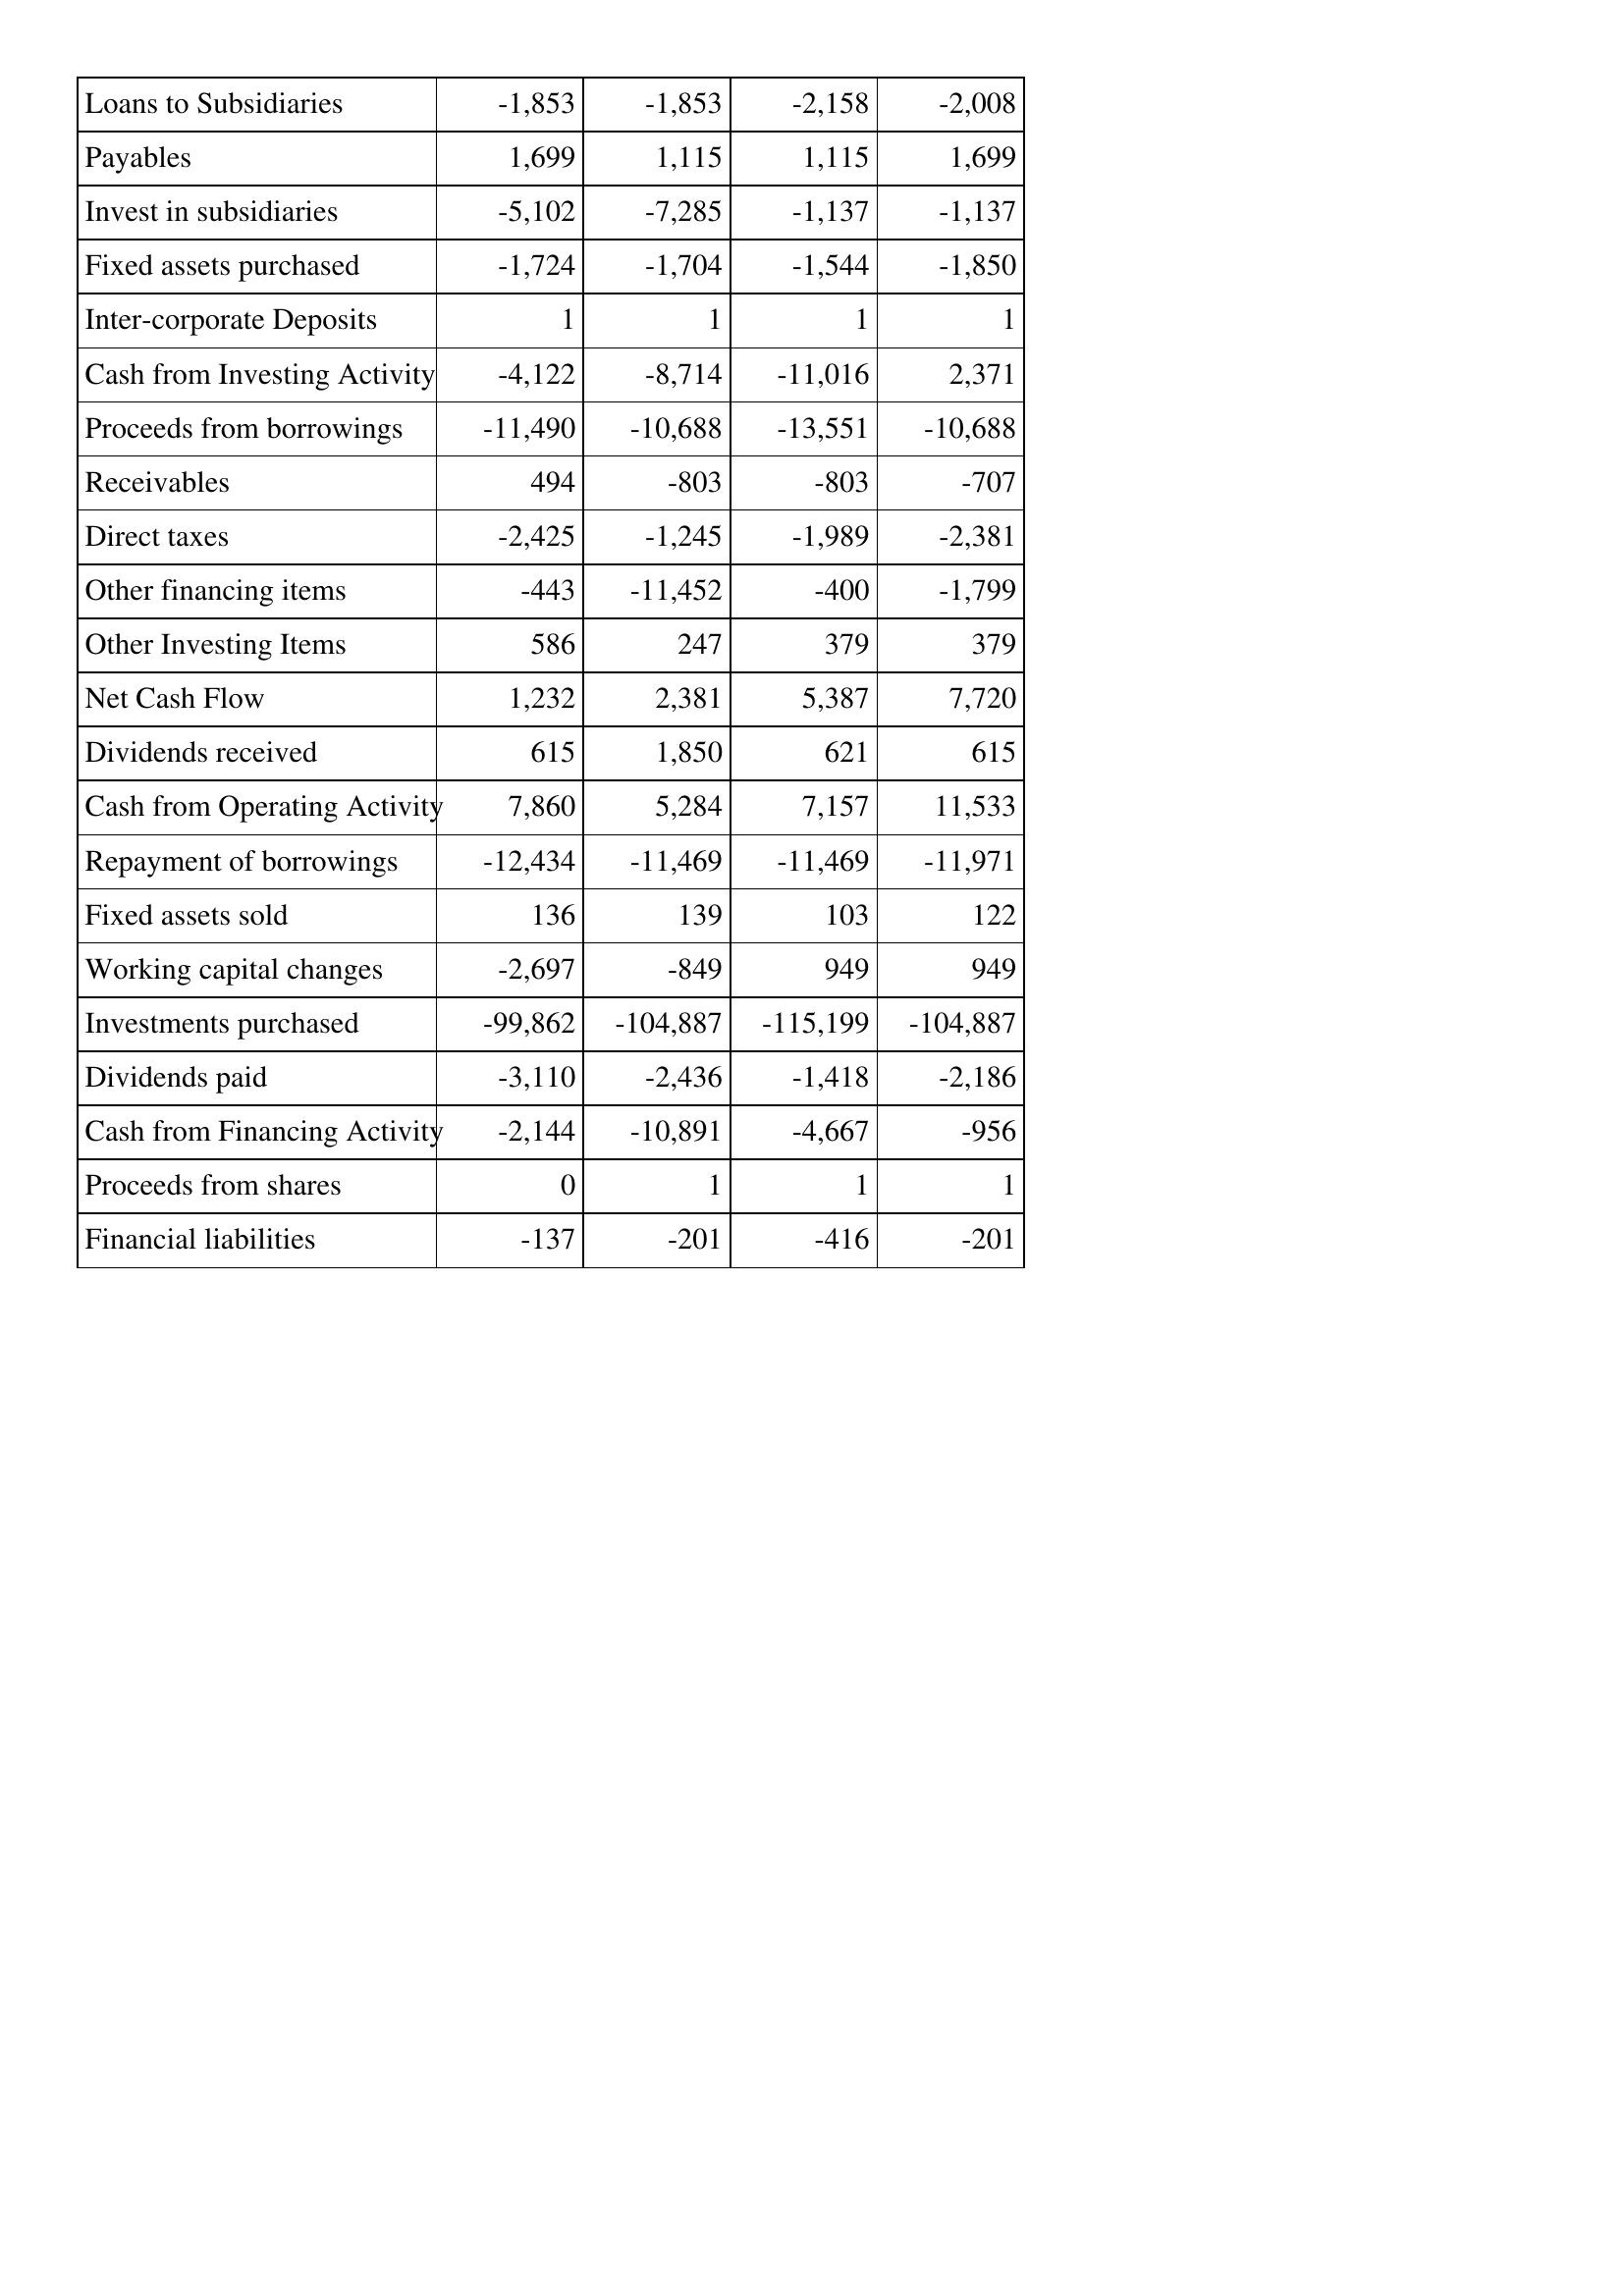
May-97: Cash Flows: Loans to Subsidiaries: -1,853
Payables: 1,699
Invest in subsidiaries: -5,102
Fixed assets purchased: -1,724
Inter-corporate Deposits: 1
Cash from Investing Activity: -4,122
Proceeds from borrowings: -11,490
Receivables: 494
Direct taxes: -2,425
Other financing items: -443
Other Investing Items: 586
Net Cash Flow: 1,232
Dividends received: 615
Cash from Operating Activity: 7,860
Repayment of borrowings: -12,434
Fixed assets sold: 136
Working capital changes: -2,697
Investments purchased: -99,862
Dividends paid: -3,110
Cash from Financing Activity: -2,144
Proceeds from shares: 0
Financial liabilities: -137
May-96: Cash Flows: Loans to Subsidiaries: -1,853
Payables: 1,115
Invest in subsidiaries: -7,285
Fixed assets purchased: -1,704
Inter-corporate Deposits: 1
Cash from Investing Activity: -8,714
Proceeds from borrowings: -10,688
Receivables: -803
Direct taxes: -1,245
Other financing items: -11,452
Other Investing Items: 247
Net Cash Flow: 2,381
Dividends received: 1,850
Cash from Operating Activity: 5,284
Repayment of borrowings: -11,469
Fixed assets sold: 139
Working capital changes: -849
Investments purchased: -104,887
Dividends paid: -2,436
Cash from Financing Activity: -10,891
Proceeds from shares: 1
Financial liabilities: -201
May-95: Cash Flows: Loans to Subsidiaries: -2,158
Payables: 1,115
Invest in subsidiaries: -1,137
Fixed assets purchased: -1,544
Inter-corporate Deposits: 1
Cash from Investing Activity: -11,016
Proceeds from borrowings: -13,551
Receivables: -803
Direct taxes: -1,989
Other financing items: -400
Other Investing Items: 379
Net Cash Flow: 5,387
Dividends received: 621
Cash from Operating Activity: 7,157
Repayment of borrowings: -11,469
Fixed assets sold: 103
Working capital changes: 949
Investments purchased: -115,199
Dividends paid: -1,418
Cash from Financing Activity: -4,667
Proceeds from shares: 1
Financial liabilities: -416
May-94: Cash Flows: Loans to Subsidiaries: -2,008
Payables: 1,699
Invest in subsidiaries: -1,137
Fixed assets purchased: -1,850
Inter-corporate Deposits: 1
Cash from Investing Activity: 2,371
Proceeds from borrowings: -10,688
Receivables: -707
Direct taxes: -2,381
Other financing items: -1,799
Other Investing Items: 379
Net Cash Flow: 7,720
Dividends received: 615
Cash from Operating Activity: 11,533
Repayment of borrowings: -11,971
Fixed assets sold: 122
Working capital changes: 949
Investments purchased: -104,887
Dividends paid: -2,186
Cash from Financing Activity: -956
Proceeds from shares: 1
Financial liabilities: -201